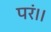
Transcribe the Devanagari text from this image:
परं।।